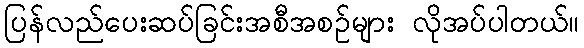
ပြန်လည်ပေးဆပ်ခြင်းအစီအစဉ်များ လိုအပ်ပါတယ်။